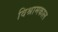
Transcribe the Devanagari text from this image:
विश्रामकाल